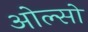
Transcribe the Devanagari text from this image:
ओल्सो